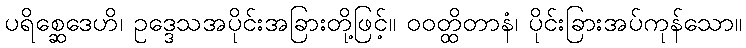
ပရိစ္ဆေဒေဟိ၊ ဥဒ္ဒေသအပိုင်းအခြားတို့ဖြင့်။ ဝဝတ္ထိတာနံ၊ ပိုင်းခြားအပ်ကုန်သော။